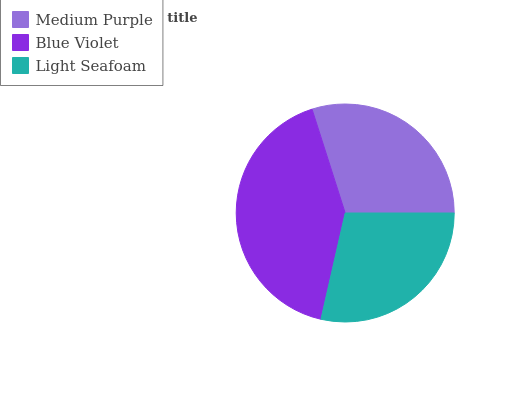
| Medium Purple | Blue Violet | Light Seafoam |
 | --- | --- | --- |
 | 29.9% | 41.6% | 28.5% |